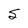
Character: S